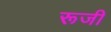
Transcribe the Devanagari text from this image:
रूजी